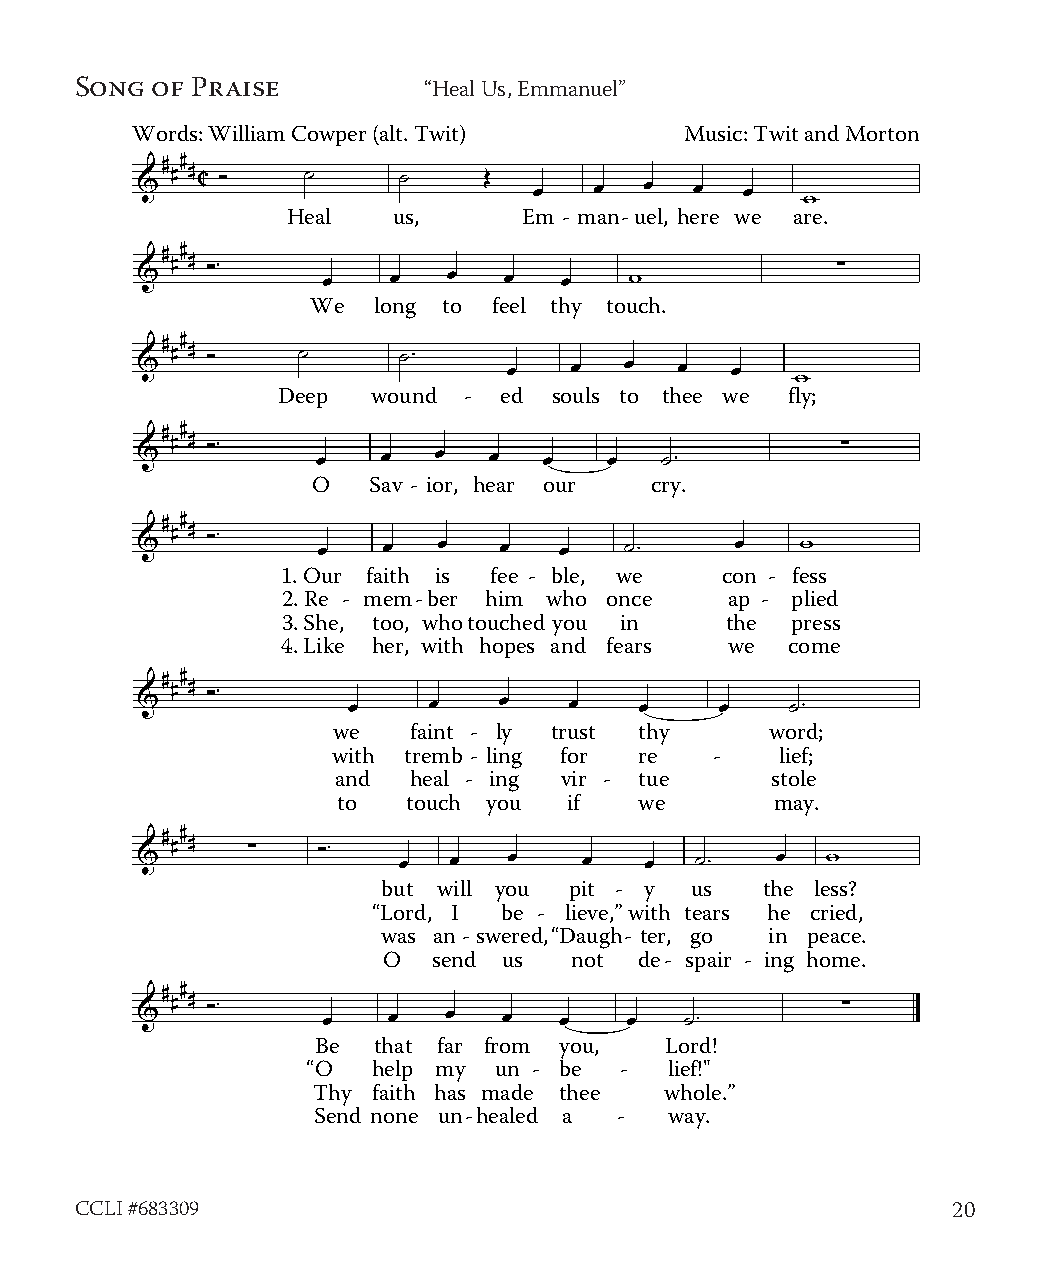
Song of Praise         “Heal Us, Emmanuel”
 Words: William Cowper (alt. Twit)   Music: Twit and Morton
 Heal   us,      Em - man-uel, here we are.
 We  long to feel thy touch.
 Deep   wound - ed  souls to thee we fly;
 O  Sav - ior, hear our cry.
 1. Our faith is fee - ble, we con - fess
 2. Re - mem-ber him who once ap - plied
 3. She, too, whotouched you in the press
 4. Like her, with hopes and fears we come
 we   faint - ly trust thy    word;
 with tremb - ling for re -    lief;
 and  heal - ing vir - tue    stole
 to   touch you  if  we       may.
 but will you pit - y us  the less?
 “Lord, I be - lieve,”with tears he cried,
 was an-swered,“Daugh- ter, go in peace.
 O   send us  not de- spair - ing home.
 Be  that far from you, Lord!
 “O   help my un - be -  lief!"
 Thy faith has made thee whole.”
 Send none un-healed a - way.
 CCLI #683309                                              20